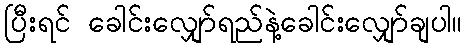
ပြီးရင် ခေါင်းလျှော်ရည်နဲ့ခေါင်းလျှော်ချပါ။